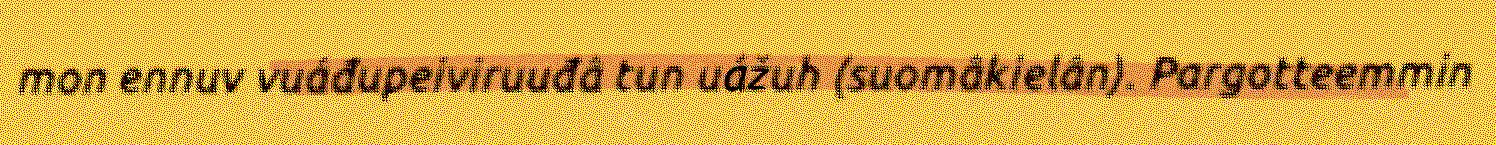
mon ennuv vuáđupeiviruuđâ tun uážuh (suomâkielân). Pargotteemmin